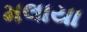
મલાયા